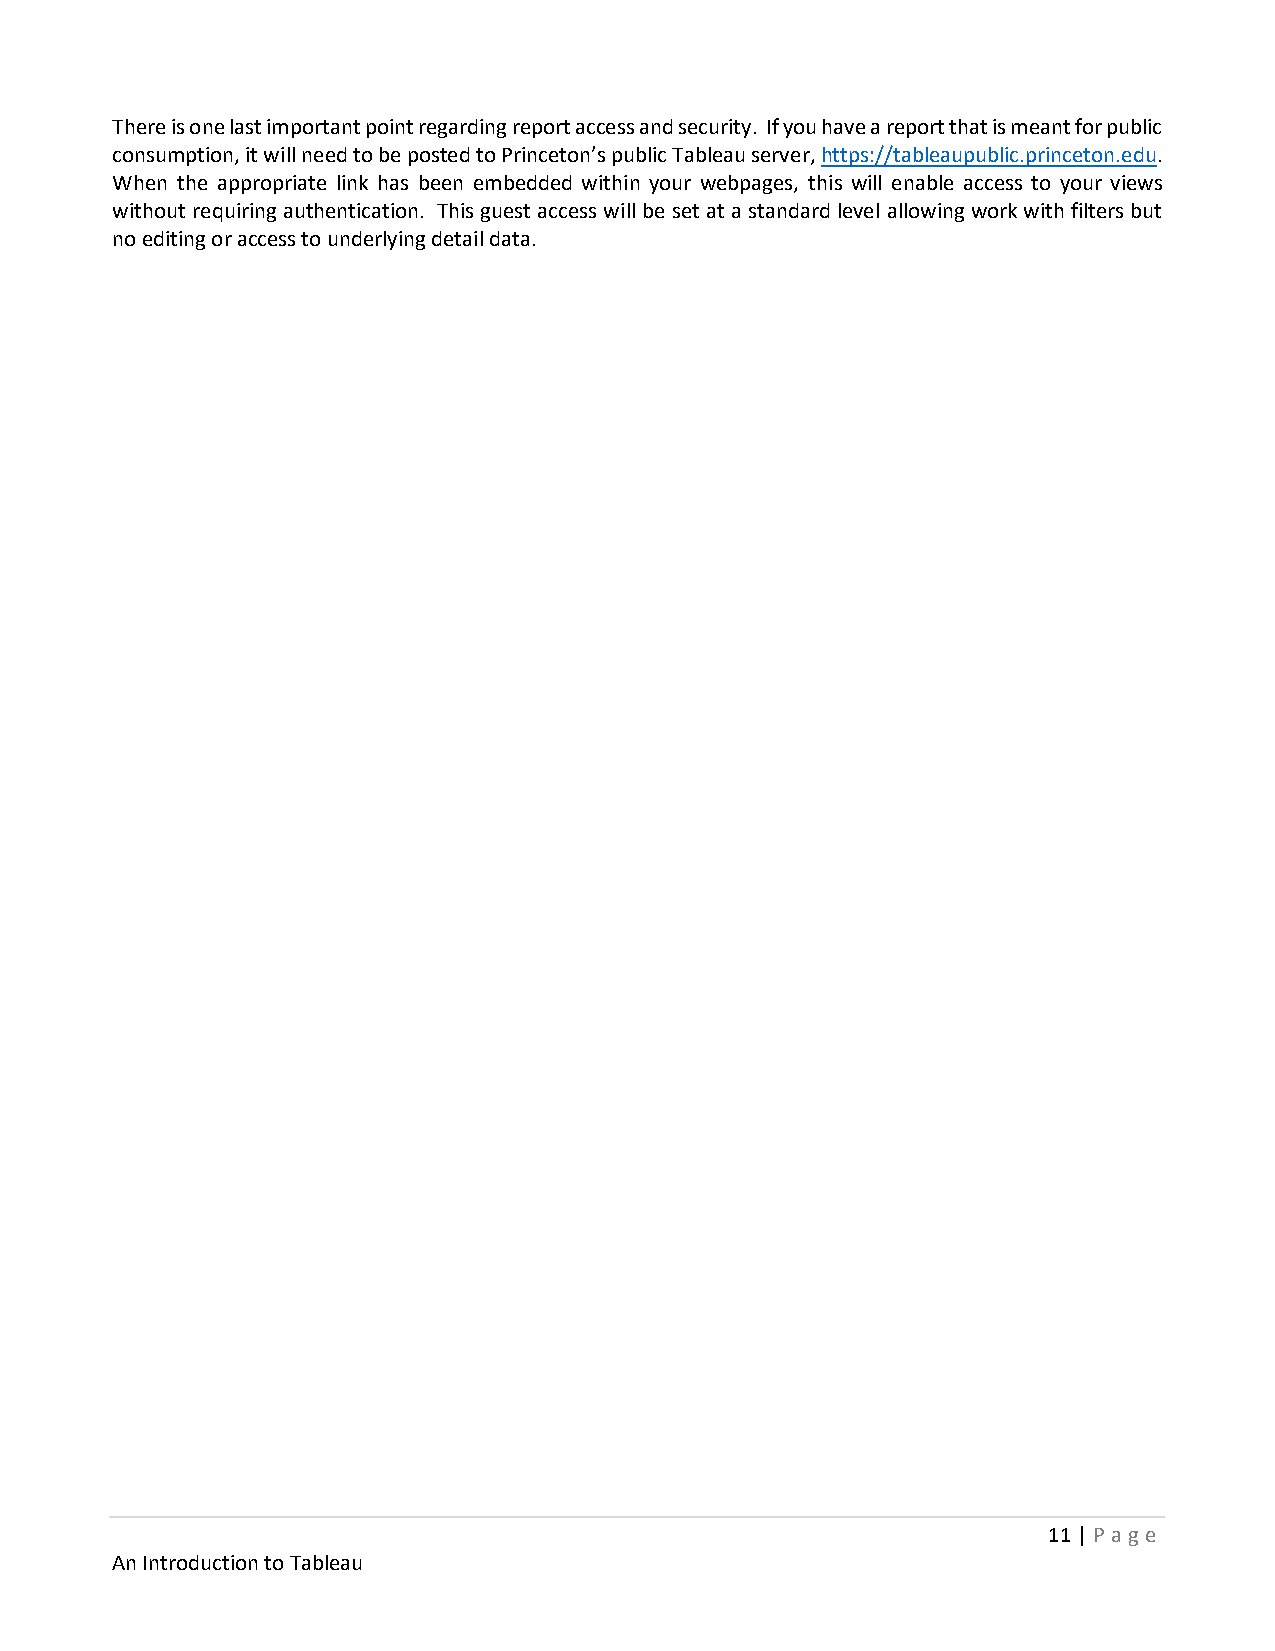
There is one last important point regarding report access and security. If you have a report that is meant for public
 consumption, it will need to be posted to Princeton’s public Tableau server, https://tableaupublic.princeton.edu.
 When the appropriate link has been embedded within your webpages, this will enable access to your views
 without requiring authentication. This guest access will be set at a standard level allowing work with filters but
 no editing or access to underlying detail data.
 11 | P age
 An Introduction to Tableau